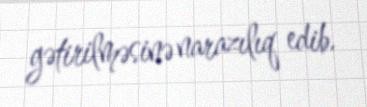
gətirilməsinə narazılıq edib.